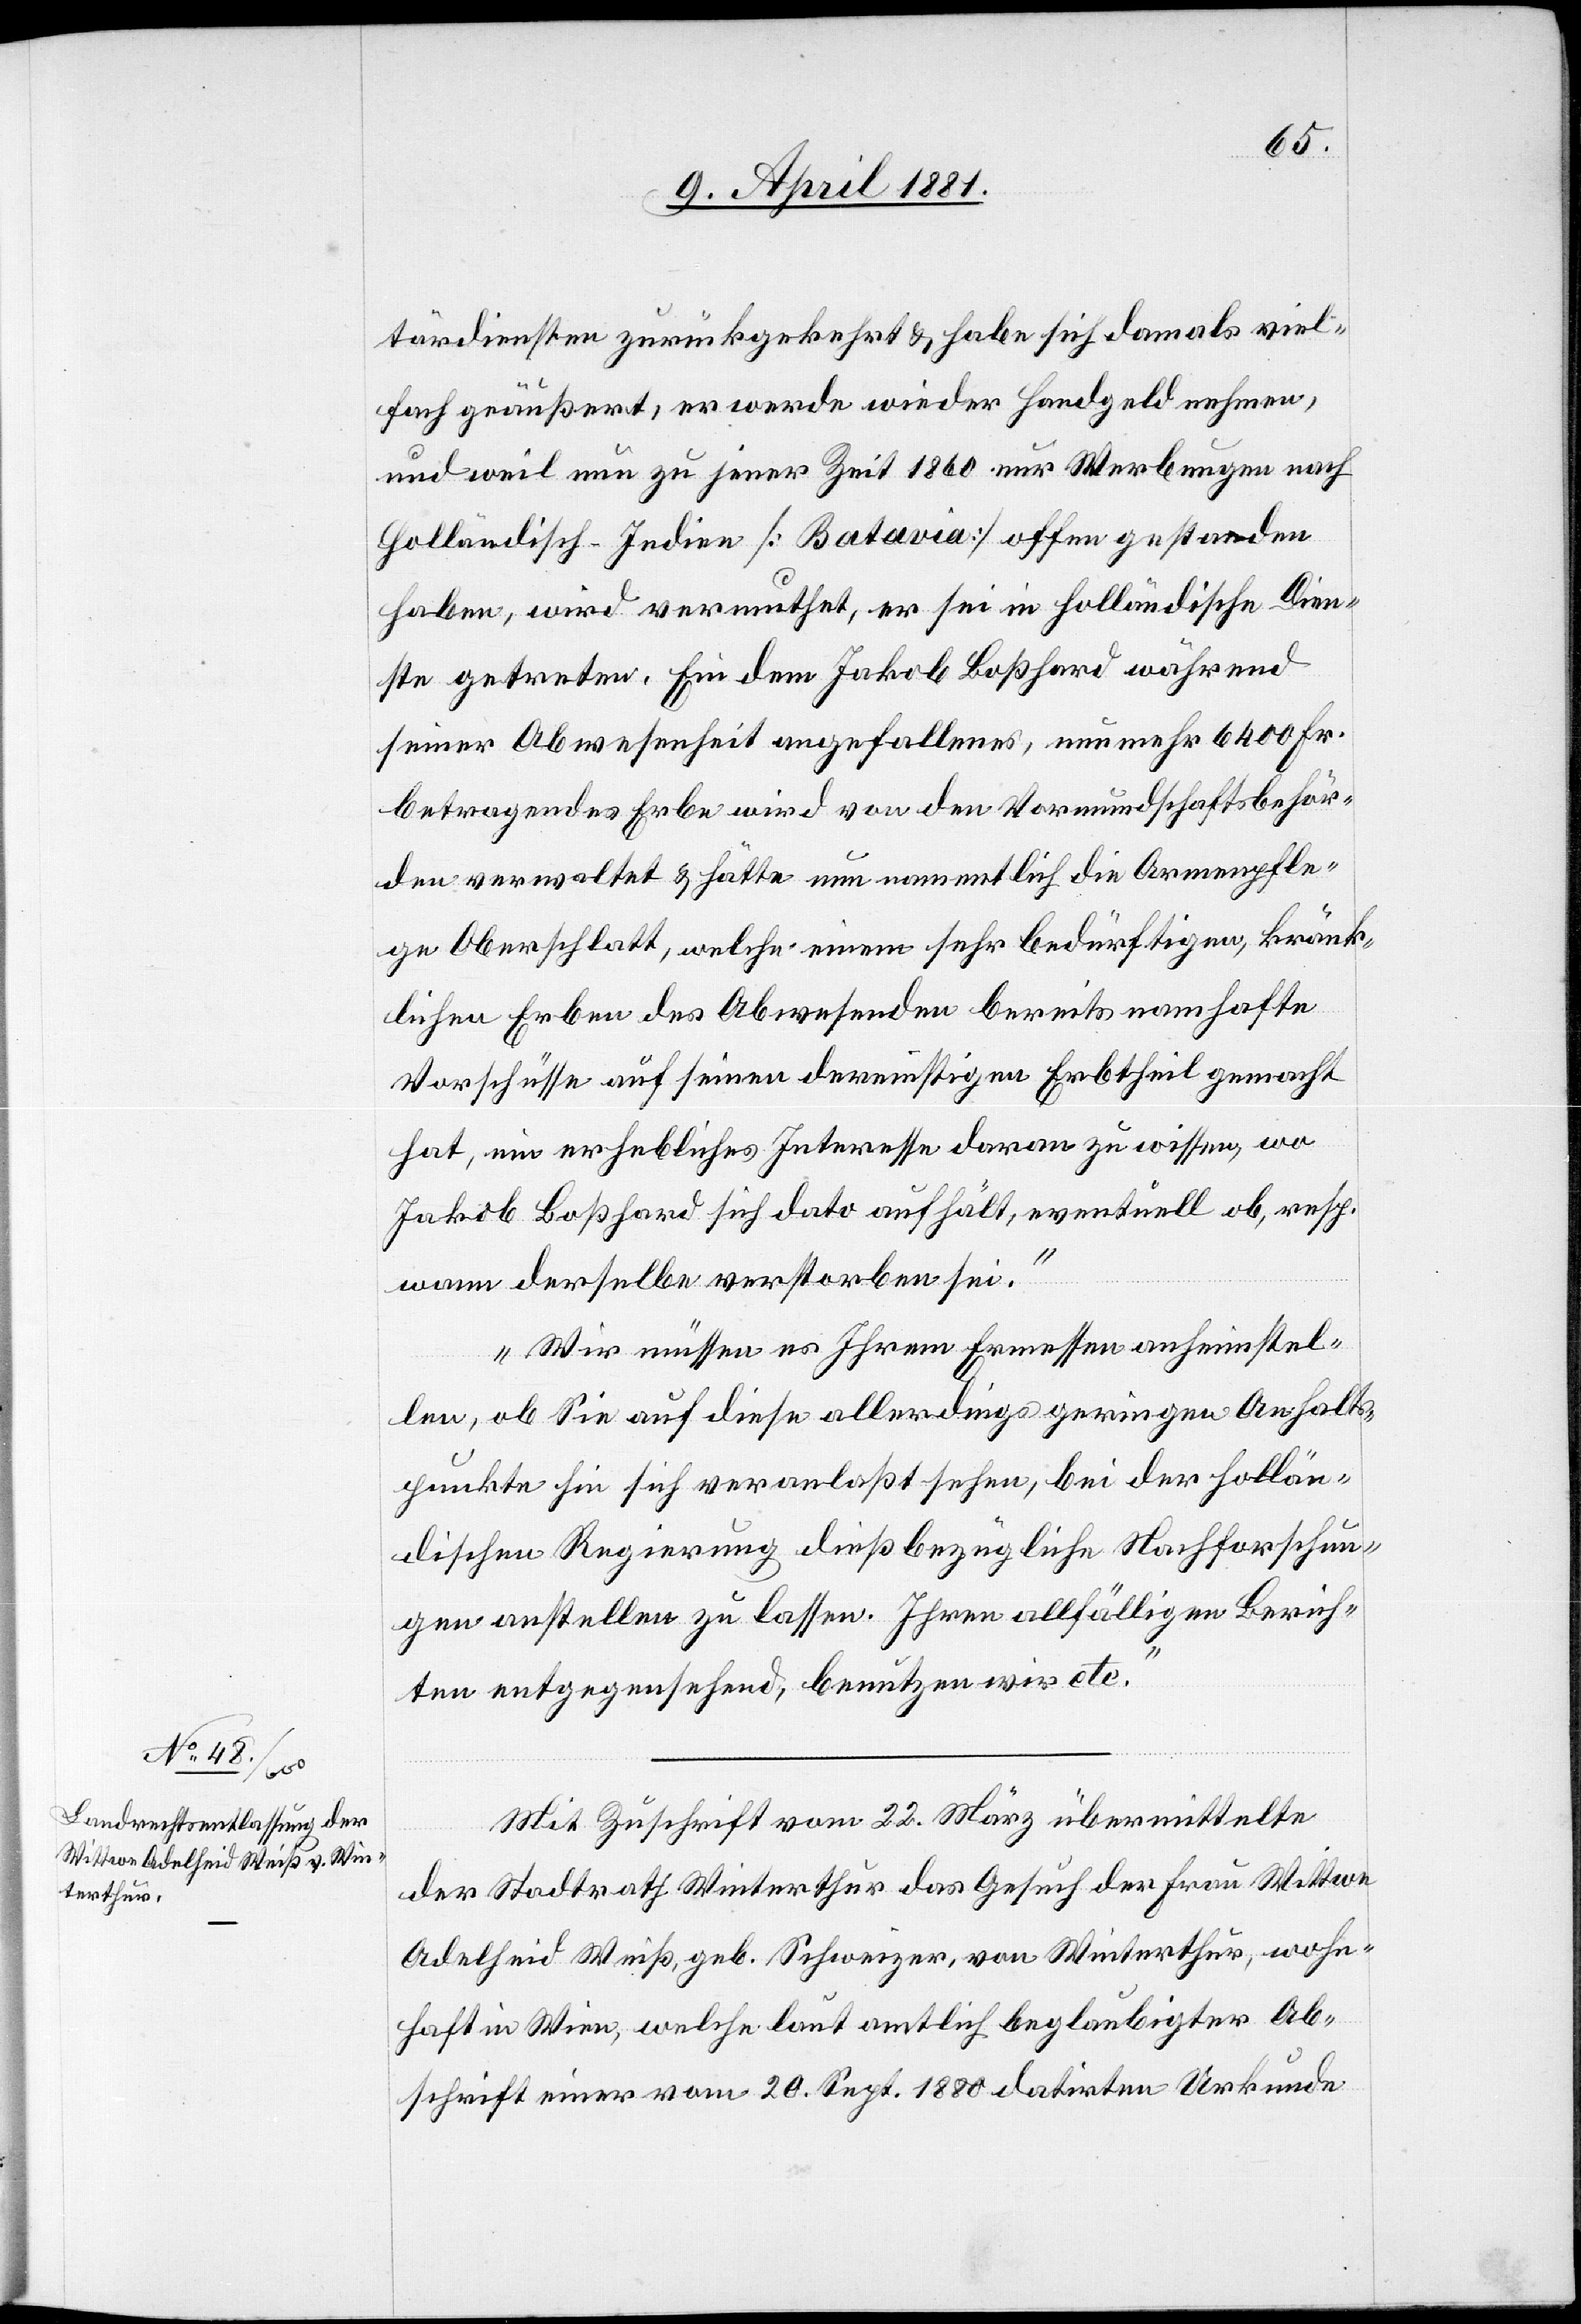
tärdiensten zurückgekehrt & habe sich damals viel¬
fach geäußert, er werde wieder Handgeld nehmen,
und weil nun zu jener Zeit 1860 nur Werbungen nach
Holländisch-Indien [Batavia] offen gestanden
haben, wird vermuthet, er sei in holländische Dien¬
ste getreten. Ein dem Jakob Boßhard während
seiner Abwesenheit angefallenes, nun mehr 6400 Fr.
betragendes Erbe wird von den Vormundschaftsbehör¬
den verwaltet & hätte nun namentlich die Armenpfle¬
ge Oberschlatt, welche einem sehr bedürftigen, kränk¬
lichen Erben des Abwesenden bereits namhafte
Vorschüsse auf seinen dereinstigen Erbtheil gemacht
hat, ein erhebliches Interesse daran zu wissen, wo
Jakob Boßhard sich dato aufhält, eventuell ob, resp.
wann derselbe verstorben sei.
Wir müssen es Ihrem Ermessen anheimstel¬
len, ob Sie auf diese allerdings geringen Anhalts¬
punkte Sie [sic!] sich veranlaßt sehen, bei der hollän¬
dischen Regierung dieß bezügliche Nachforschun¬
gen anstellen zu lassen. Ihren allfälligen Berich¬
ten entgegensehend, benutzen wir etc.“
Mit Zuschrift vom 22. März übermittelte
der Stadtrath Winterthur das Gesuch der Frau Wittwe
Adelheid Weiß, geb. Schweizer, von Winterthur, wohn¬
haft in Wien, welche laut amtlich beglaubigter Ab¬
schrift einer vom 20. Sept. 1880 datirten Urkunde